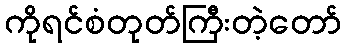
ကိုရင်စံတုတ်ကြီးတဲ့တော်